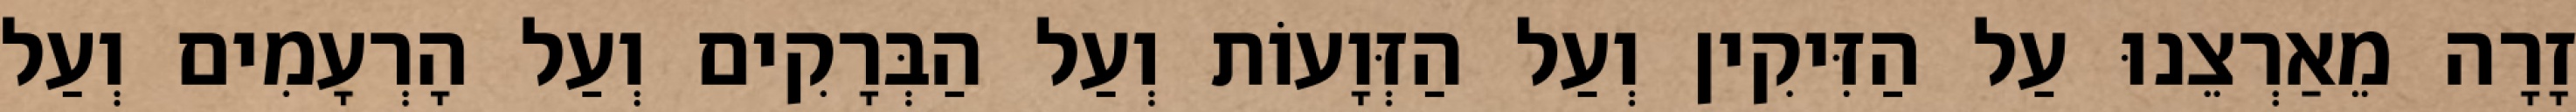
זָרָה מֵאַרְצֵנוּ עַל הַזִּיקִין וְעַל הַזְּוָעוֹת וְעַל הַבְּרָקִים וְעַל הָרְעָמִים וְעַל